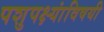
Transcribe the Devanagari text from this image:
पशुपक्ष्यांविषयी